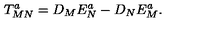
T _ { M N } ^ { a } = D _ { M } E _ { N } ^ { a } - D _ { N } E _ { M } ^ { a } .